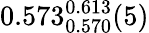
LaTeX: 0.573_{0.570}^{0.613}(5)